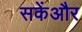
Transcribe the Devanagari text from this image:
सकेंऔर